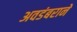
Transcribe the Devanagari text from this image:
अवडंबराने